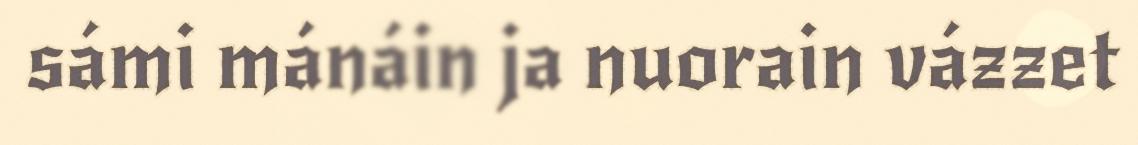
sámi mánáin ja nuorain vázzet